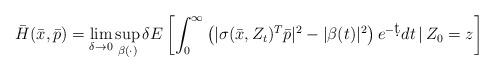
LaTeX: \begin{align*}\bar{H}(\bar{x}, \bar{p})= \lim_{\delta \rightarrow 0} \sup_{\beta(\cdot)} \delta E \left[ \int_0^\infty \left (|\sigma(\bar{x}, Z_t)^T \bar{p}|^2 - |\beta(t)|^2\right) e^{-\d t} dt \, |\, Z_0=z\right]\end{align*}